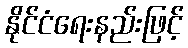
နိုင်ငံရေးနည်းဖြင့်